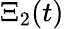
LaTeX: \Xi_{2}(t)